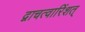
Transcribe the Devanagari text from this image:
द्वाचत्वारिंशत्